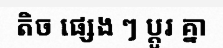
តិច ផ្សេង ៗ ប្តូរ គ្នា